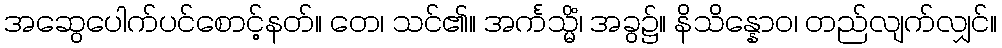
အဆွေပေါက်ပင်စောင့်နတ်။ တေ၊ သင်၏။ အင်္ကသ္မိံ၊ အခွ၌။ နိသိန္နောဝ၊ တည်လျက်လျှင်။